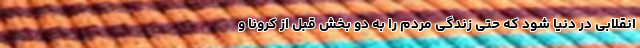
انقلابی در دنیا شود که حتی زندگی مردم را به دو بخش قبل از کرونا و